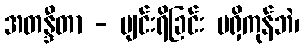
အတန္ဒီတာ - ပျင်းရိခြင်း မရှိကုန်ဘဲ၊